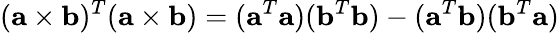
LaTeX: (\mathbf{a}\times\mathbf{b})^{T}(\mathbf{a}\times\mathbf{b})=(\mathbf{a}^{T}\mathbf{a})(\mathbf{b}^{T}\mathbf{b})-(\mathbf{a}^{T}\mathbf{b})(\mathbf{b}^{T}\mathbf{a})